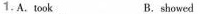
1.A. took B.showed